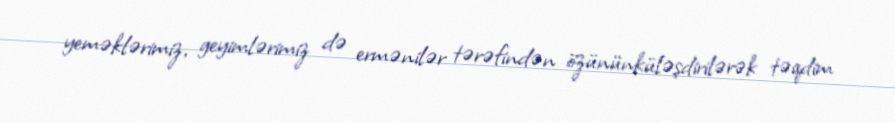
yeməklərimiz, geyimlərimiz də ermənilər tərəfindən özününküləşdirilərək təqdim